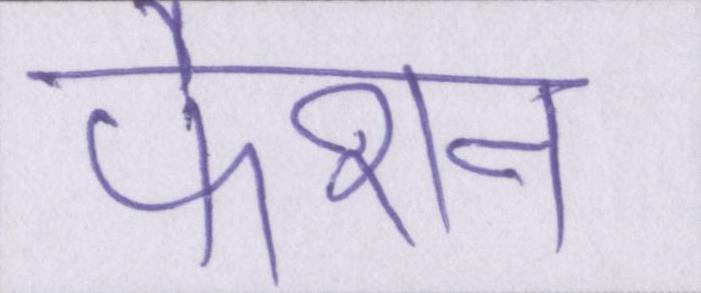
फैशन